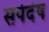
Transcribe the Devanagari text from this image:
सर्पदंष